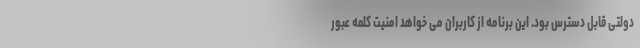
دولتی قابل دسترس بود. این برنامه از کاربران می خواهد امنیت کلمه عبور